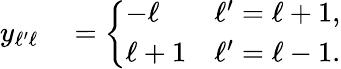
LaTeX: \begin{array}{rl}{y_{\ell^{\prime}\ell}}&{{}=\left\{ \begin{array}{ll}{-\ell}&{\ell^{\prime}=\ell+1,}\\ {\ell+1}&{\ell^{\prime}=\ell-1.}\end{array}\right.}\end{array}